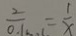
\frac { 2 } { 0 . 1 } = \frac { 1 } { x }